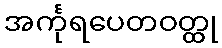
အင်္ကုရပေတဝတ္ထု